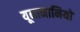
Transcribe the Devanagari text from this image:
यूनानानियों